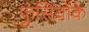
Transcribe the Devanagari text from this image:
फुंसियोंके